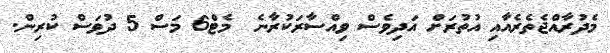
މެދުރާއްޖެތެރެއާއި އުތުރަށް އަދިވެސް ވިއްސާރަކުރާނެ  މެޓް6 މަސް 5 ދުވަސް ކުރިން.